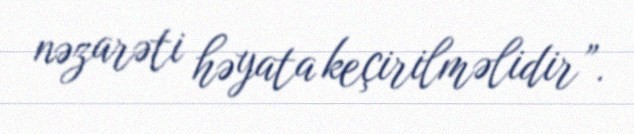
nəzarəti həyata keçirilməlidir”.